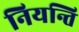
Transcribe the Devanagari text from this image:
नियन्ति